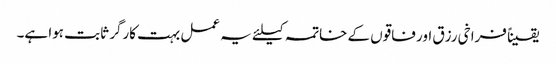
یقیناً فراخی رزق اور فاقوں کے خاتمہ کیلئے یہ عمل بہت کارگر ثابت ہوا ہے۔